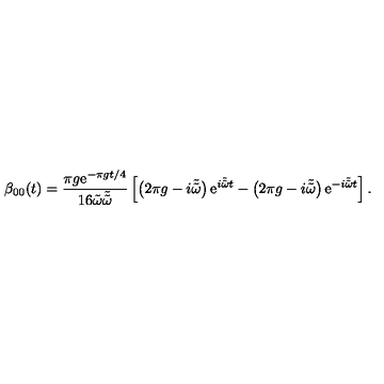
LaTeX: \beta _ { 0 0 } ( t ) = \frac { \pi g \mathrm { e } ^ { - \pi g t / 4 } } { 1 6 \tilde { \omega } \tilde { \tilde { \omega } } } \left[ \left( 2 \pi g - i \tilde { \tilde { \omega } } \right) \mathrm { e } ^ { i \tilde { \tilde { \omega } } t } - \left( 2 \pi g - i \tilde { \tilde { \omega } } \right) \mathrm { e } ^ { - i \tilde { \tilde { \omega } } t } \right] .